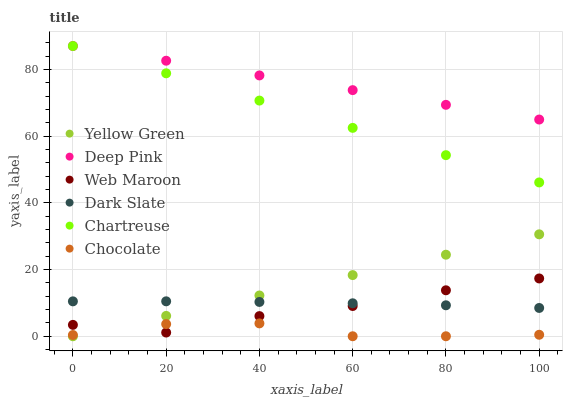
| xaxis_label | Yellow Green | Deep Pink | Web Maroon | Dark Slate | Chartreuse | Chocolate |
 | --- | --- | --- | --- | --- | --- | --- |
 | 0 | 0 | 87 | 3.41 | 10.5 | 87 | 0.374 |
 | 20 | 6.11 | 82.6 | 1.11 | 10.5 | 78.8 | 3.65 |
 | 40 | 12.2 | 78.2 | 6.04 | 10.3 | 70.6 | 3.86 |
 | 60 | 18.3 | 73.8 | 9.06 | 9.88 | 62.5 | 0 |
 | 80 | 24.4 | 69.4 | 13.8 | 9.28 | 54.3 | 0 |
 | 100 | 30.6 | 65 | 17.3 | 8.48 | 46.1 | 0.446 |